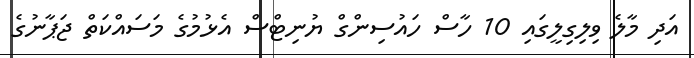
އަދި މާލެ ވިލިގިލީގައި 10 ހާސް ހައުސިންގް ޔުނިޓްސް އެޅުމުގެ މަސައްކަތް ޖަޕާނުގެ